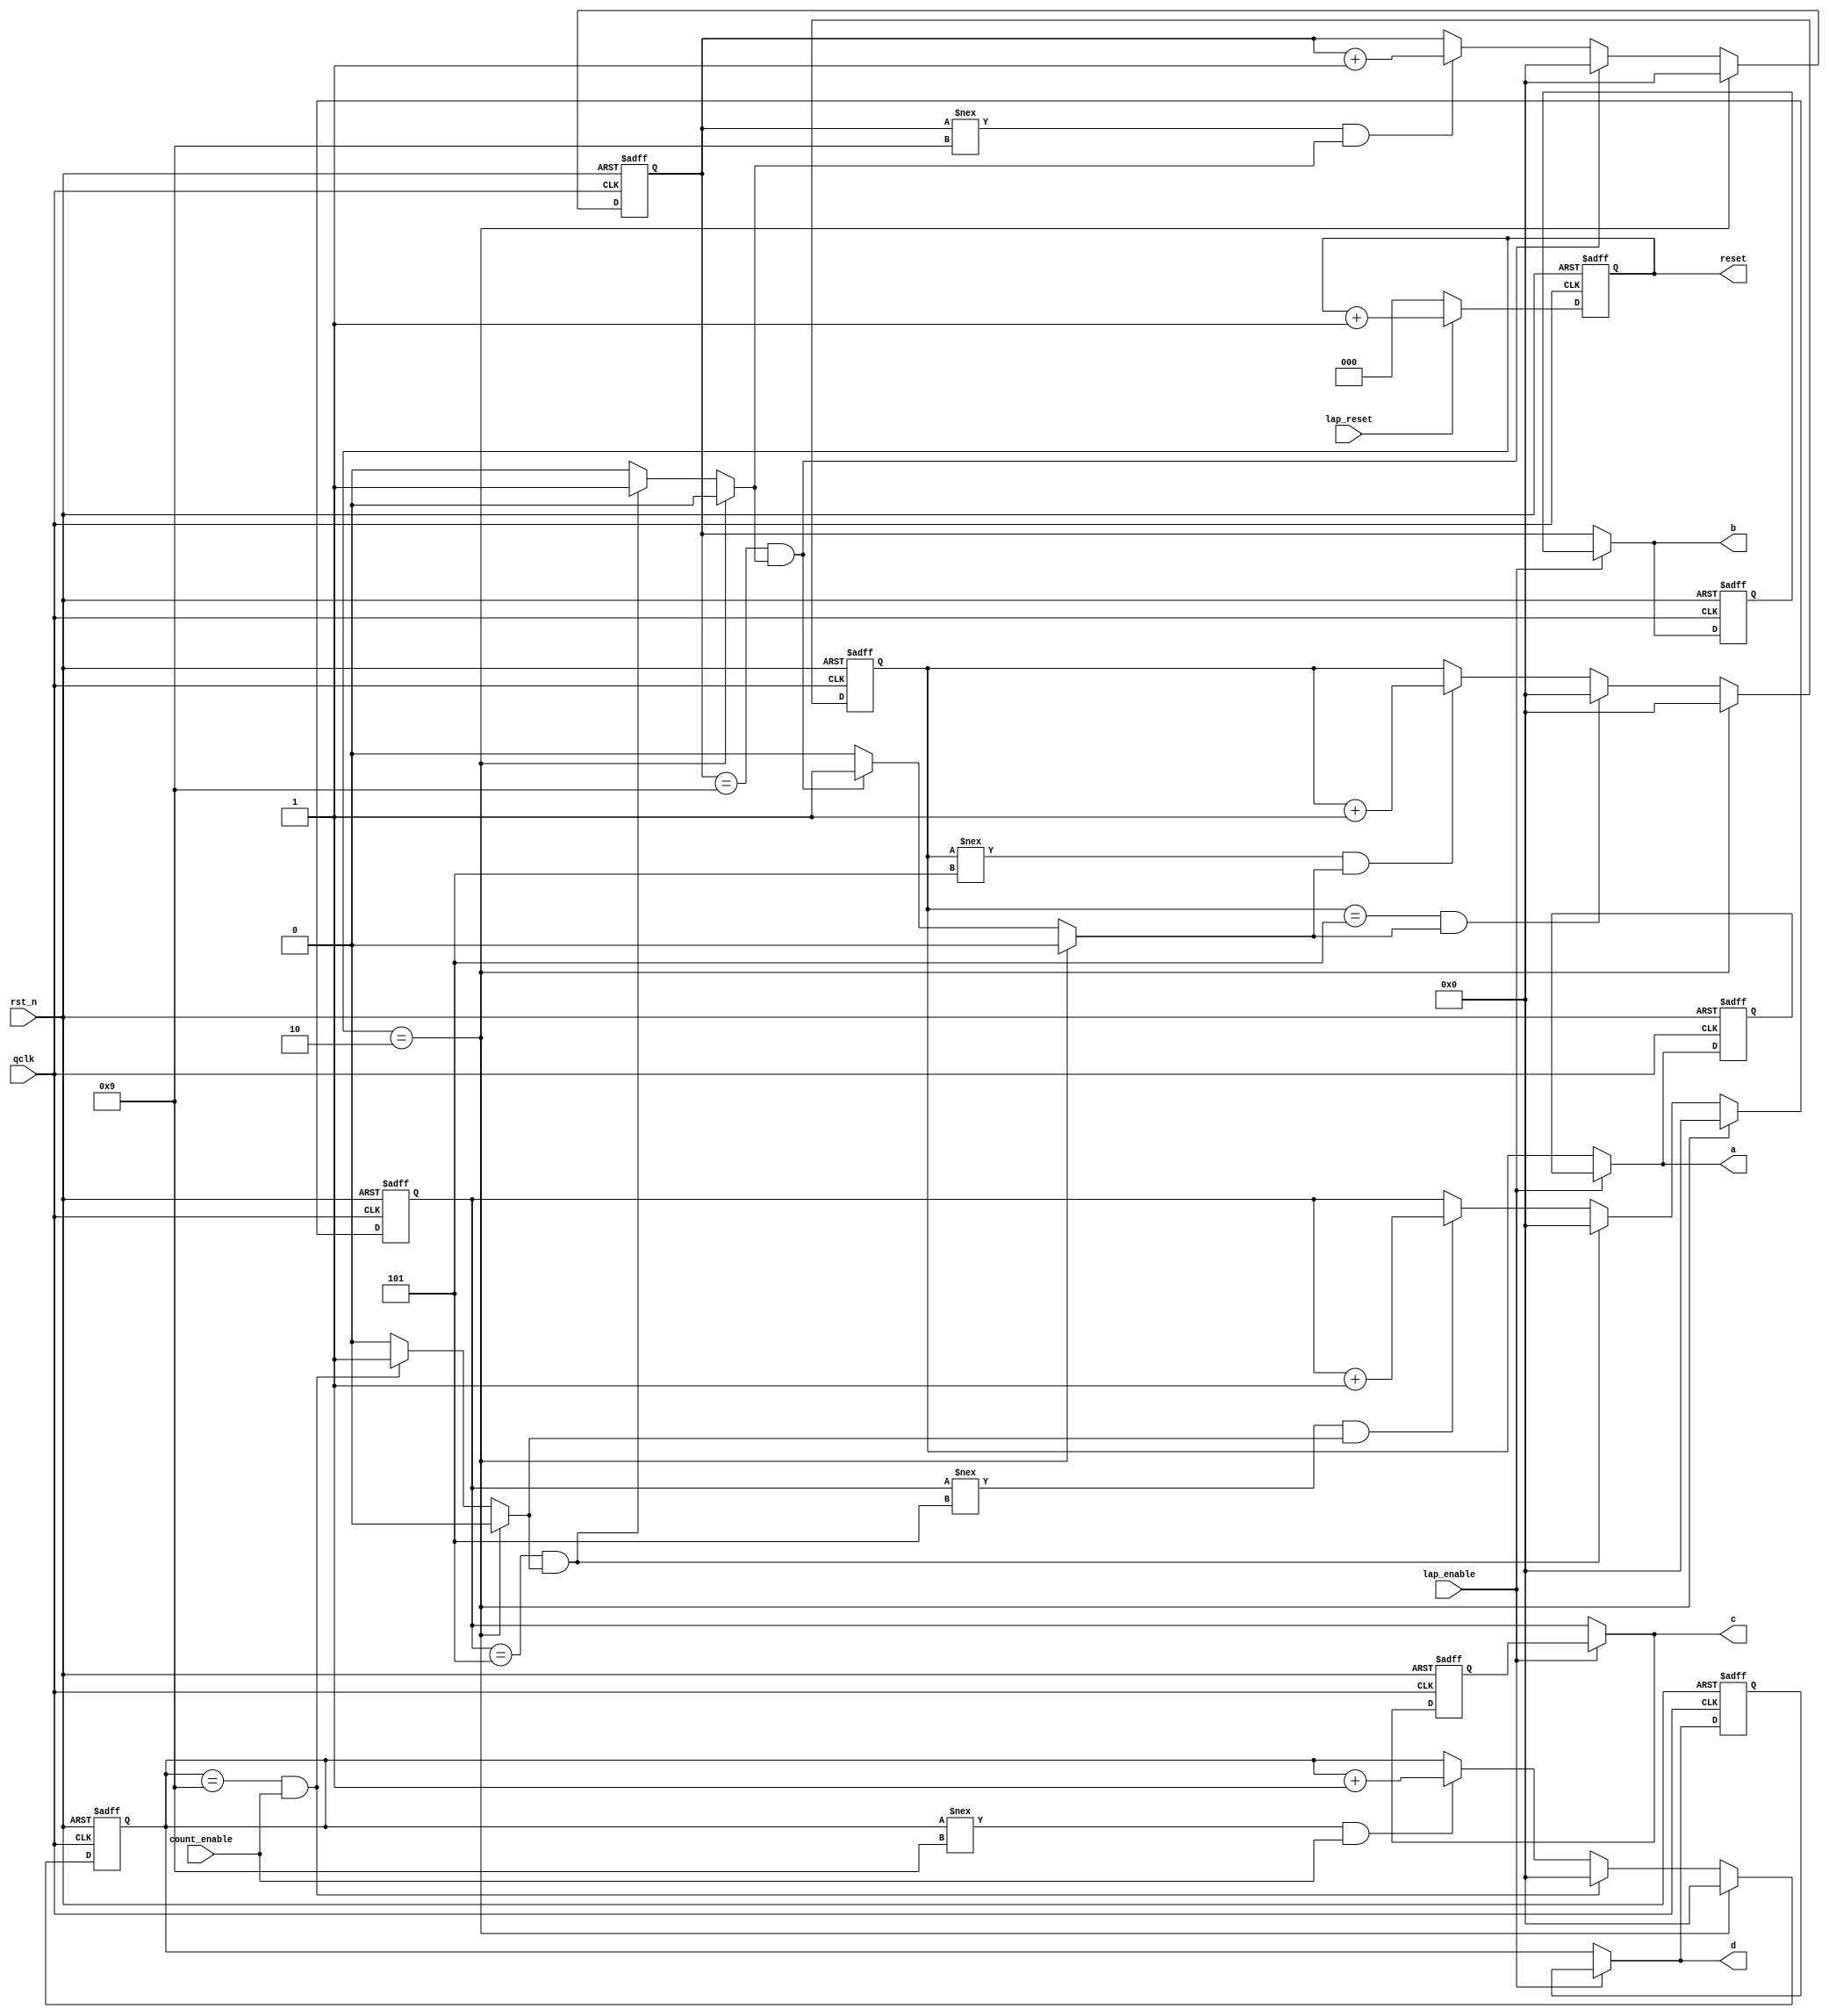
`define DISABLED 1'b0
`define ENABLED 1'b1


module lab7_1_time_counter(
qclk,
rst_n,
count_enable,
lap_enable,
lap_reset,
a,
b,
c,
d,
reset
);
input qclk;
input rst_n;
input lap_reset;
input count_enable, lap_enable;
output reg [3:0] a, b, c, d;
reg [3:0] m1, m2, s1, s2;
reg [3:0] l_m1, l_m2, l_s1, l_s2;
reg [3:0] m1_tmp, m2_tmp, s1_tmp, s2_tmp;
reg [3:0] l_m1_tmp, l_m2_tmp, l_s1_tmp, l_s2_tmp;
reg borrow1, borrow2, borrow3, borrow4;
output reg [2:0] reset;
reg [2:0] reset_tmp;


always @(posedge qclk or negedge rst_n) 
if (~rst_n) m1 <= 4'd0;
else m1 <= m1_tmp;

always @* 
if (reset == 3'd2) begin
m1_tmp = 4'd0;
borrow4 = `ENABLED;
end
else if ((m1 == 4'd5)&&(borrow3==1)) begin
m1_tmp = 4'd0;
borrow4 = `ENABLED; 
end
else if ((m1 !== 4'd5) && (borrow3==1)) begin
m1_tmp = m1 + 4'd1;
borrow4 = `DISABLED; 
end
else begin
m1_tmp = m1; 
borrow4 = `DISABLED;
end

always @(posedge qclk or negedge rst_n) 
if (~rst_n) m2 <= 4'd0;
else m2 <= m2_tmp;

always @*
if (reset == 3'd2) begin
m2_tmp = 4'd0;
borrow3 = `DISABLED; 
end
else if ((m2 == 4'd9) && (borrow2==1)) begin
m2_tmp = 4'd0;
borrow3 = `ENABLED; 
end
else if ((m2 !== 4'd9) && (borrow2==1)) begin
m2_tmp = m2 + 4'd1;
borrow3 = `DISABLED; 
end
else begin
m2_tmp = m2; 
borrow3 = `DISABLED;
end


always @(posedge qclk or negedge rst_n) 
if (~rst_n) s1 <= 4'd0;
else s1 <= s1_tmp;

always @*
if (reset == 3'd2) begin
s1_tmp = 4'd0;
borrow2 = `DISABLED; 
end
else if ((s1 == 4'd5) && (borrow1==1)) begin
s1_tmp = 4'd0;
borrow2 = `ENABLED; 
end
else if ((s1 !== 4'd5) && (borrow1==1)) begin
s1_tmp = s1 + 4'd1;
borrow2 = `DISABLED; 
end
else begin
s1_tmp = s1; 
borrow2 = `DISABLED;
end


always @(posedge qclk or negedge rst_n) 
if (~rst_n) s2 <= 4'd0;
else s2 <= s2_tmp;

always @*
if (reset == 3'd2) begin
s2_tmp = 4'd0;
borrow1 = `DISABLED;
end
else if ((s2 == 4'd9) && (count_enable==1)) begin
s2_tmp = 4'd0;
borrow1 = `ENABLED; 
end
else if ((s2 !== 4'd9) && (count_enable==1)) begin
s2_tmp = s2 + 4'd1;
borrow1 = `DISABLED; 
end
else begin
s2_tmp = s2; 
borrow1 = `DISABLED;
end


always @(posedge qclk or negedge rst_n)
if (~rst_n)begin
reset <= 3'd0;
end
else begin
reset <= reset_tmp;
end

always @*
if(lap_reset == 1)
reset_tmp = reset+1;
else
reset_tmp = 0;


 

   
always @(posedge qclk or negedge rst_n) 
if (~rst_n) begin
l_m1 <= 4'd0;
l_m2 <= 4'd0;
l_s1 <= 4'd0;
l_s2 <= 4'd0;
end
else begin
l_m1 <= l_m1_tmp;
l_m2 <= l_m2_tmp;
l_s1 <= l_s1_tmp;
l_s2 <= l_s2_tmp;
end

always @* 
if (lap_enable == 0) begin
l_m1_tmp = m1;
l_m2_tmp = m2;
l_s1_tmp = s1;
l_s2_tmp = s2;
end
else  begin
l_m1_tmp = l_m1 ;
l_m2_tmp = l_m2;
l_s1_tmp = l_s1;
l_s2_tmp = l_s2;
end

always@*
if(lap_enable == 0)begin
a = m1;
b = m2;
c = s1;
d = s2;
end
else begin
a = l_m1;
b = l_m2;
c = l_s1;
d = l_s2;
end

endmodule